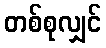
တစ်စုလျှင်